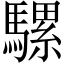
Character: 騾